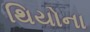
થિયોના